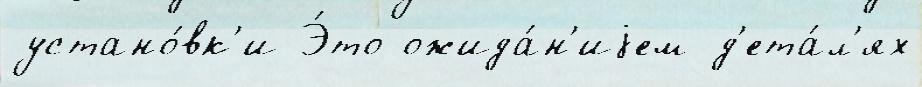
устано́вк'и Э́то ожида́н'иjем д'ета́л'ях